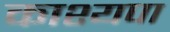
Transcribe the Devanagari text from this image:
काश्यपा